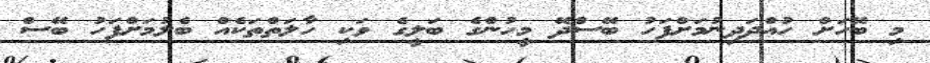
މި ބޭހަށް ހުއްދަދިނުމަށްފަހު ބޭސްދޭ މީހުންގެ ބަލީގެ ވަކި ހާލަތްތަކެއް ބެލުމަށްފަހު ބޭސް